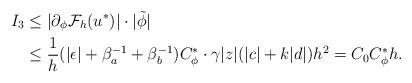
LaTeX: \begin{align*}I_3 & \leq |\partial_{\phi} \mathcal{F}_h(u^*)|\cdot |\tilde \phi|\\& \leq \frac{1}{h} (|\epsilon|+\beta_a^{-1}+\beta_b^{-1})C_\phi^* \cdot \gamma |z|(|c|+k|d|)h^2 =C_0C^*_\phi h.\end{align*}